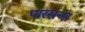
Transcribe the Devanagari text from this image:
पारसन्स